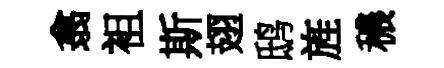
翕袓斯翅鸱旌穠